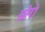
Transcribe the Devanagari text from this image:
छोरो